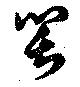
笑